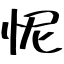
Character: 怩